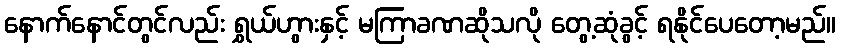
နောက်နောင်တွင်လည်း ရွှယ်ဟွားနှင့် မကြာခဏဆိုသလို တွေ့ဆုံခွင့် ရနိုင်ပေတော့မည်။